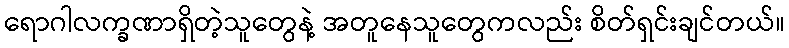
ရောဂါလက္ခဏာရှိတဲ့သူတွေနဲ့ အတူနေသူတွေကလည်း စိတ်ရှင်းချင်တယ်။